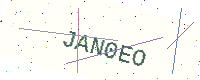
Text: JAN0EO